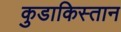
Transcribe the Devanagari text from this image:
कुडाकिस्तान